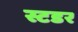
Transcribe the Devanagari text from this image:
स्टडर